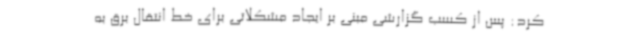
کرد: پس از کسب گزارشی مبنی بر ایجاد مشکلاتی برای خط انتقال برق به